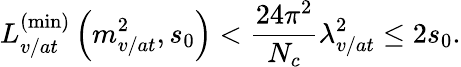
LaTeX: L_{v/at}^{\left(\operatorname*{min}\right)}\left(m_{v/at}^{2},s_{0}\right)<\frac{24\pi^{2}}{N_{c}}\lambda_{v/at}^{2}\leq 2s_{0}.